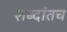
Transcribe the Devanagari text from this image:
शब्दांतच